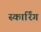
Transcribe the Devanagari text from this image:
स्कार्रिंग